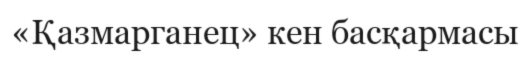
«Қазмарганец» кен басқармасы